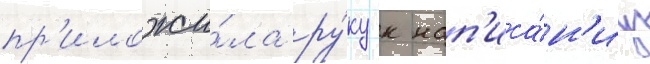
пр'иложи́ла ру́ку к нап'иса́н'иу